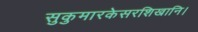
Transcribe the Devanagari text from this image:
सुकुमारकेसरशिखानि।